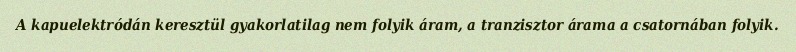
A kapuelektródán keresztül gyakorlatilag nem folyik áram, a tranzisztor árama a csatornában folyik.